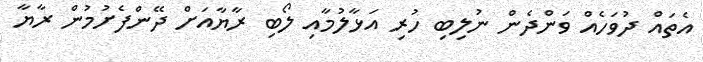
އެތައް ދުވަހެއް ވަންދެން ނުލިބި ހުރި އަޅާލުމާއި ލޯބި ރާޔާއަށް ދޭންފެށުމުން ރާޔާ